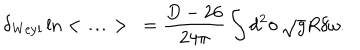
\delta _ { \mathrm { W e y l } } \ln < \ldots > \ = \frac { D - 2 6 } { 2 4 \pi } \int d ^ { 2 } \sigma \, \sqrt { g } R \delta \omega .